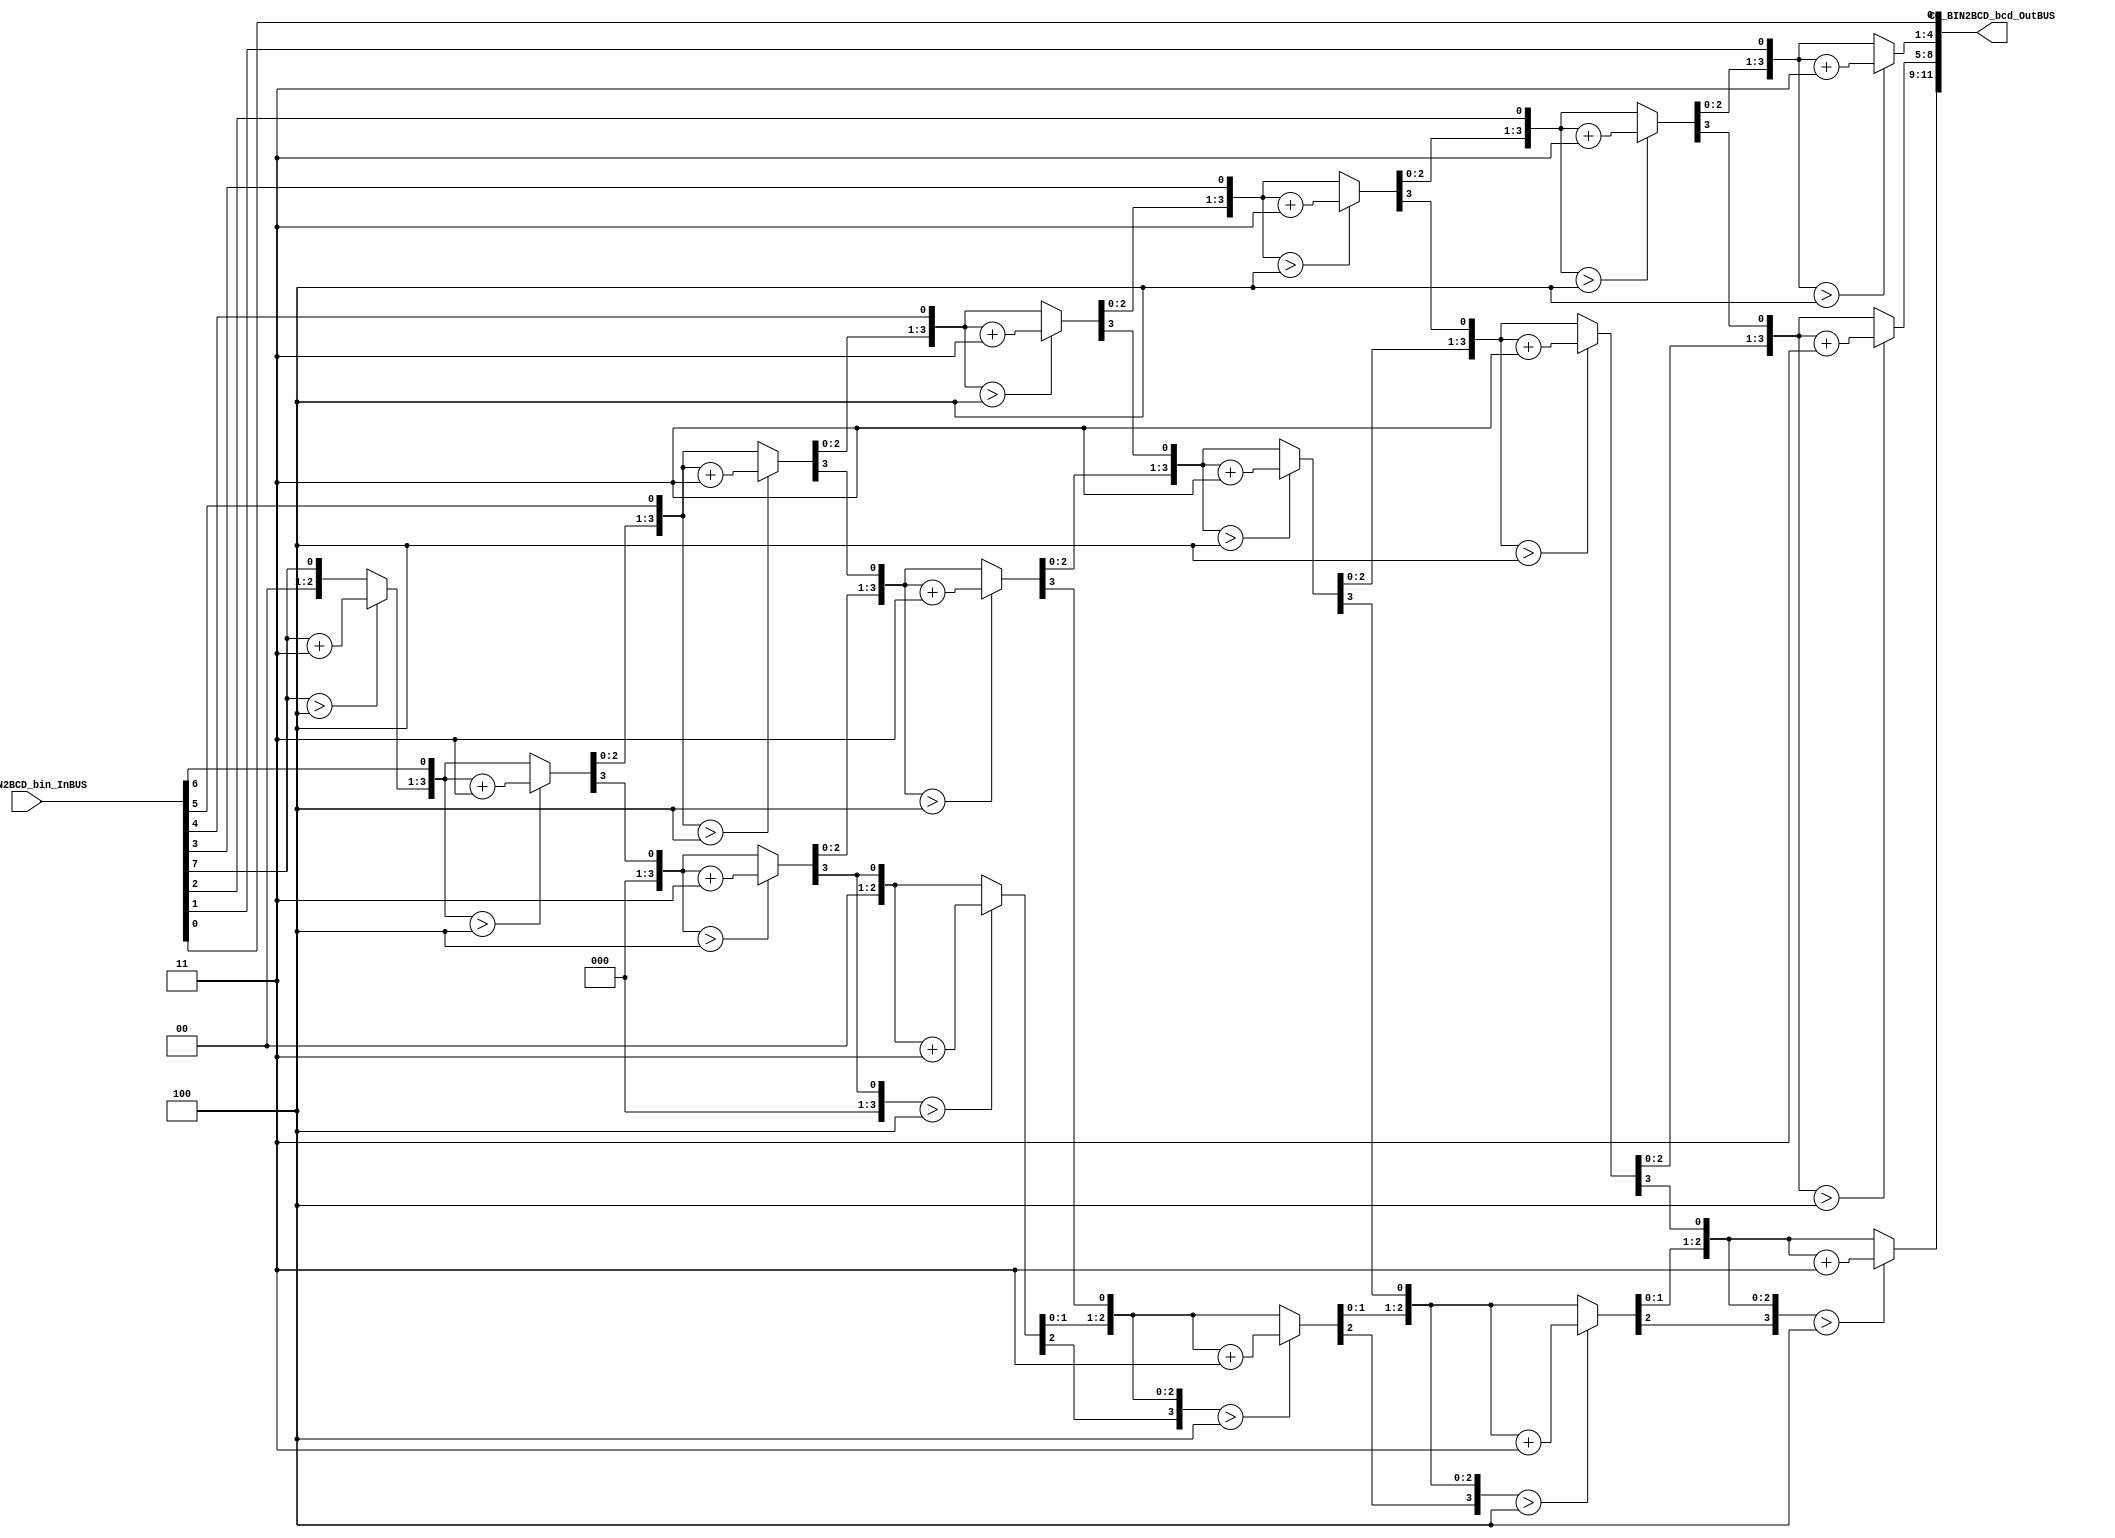
/*######################################################################
//#	G0B1T: HDL EXAMPLES. 2018.
//######################################################################
//# Copyright (C) 2018. F.E.Segura-Quijano (FES) fsegura@uniandes.edu.co
//# 
//# This program is free software: you can redistribute it and/or modify
//# it under the terms of the GNU General Public License as published by
//# the Free Software Foundation, version 3 of the License.
//#
//# This program is distributed in the hope that it will be useful,
//# but WITHOUT ANY WARRANTY; without even the implied warranty of
//# MERCHANTABILITY or FITNESS FOR A PARTICULAR PURPOSE.  See the
//# GNU General Public License for more details.
//#
//# You should have received a copy of the GNU General Public License
//# along with this program.  If not, see <http://www.gnu.org/licenses/>
//####################################################################*/

module CC_BIN2BCD1 (
	CC_BIN2BCD_bcd_OutBUS,
	CC_BIN2BCD_bin_InBUS
);
   
//input ports and their sizes
input [7:0] CC_BIN2BCD_bin_InBUS;
//output ports and, their size
output [11:0] CC_BIN2BCD_bcd_OutBUS;
//Internal variables
reg [11 : 0] CC_BIN2BCD_bcd_OutBUS; 
reg [3:0] i;   
     
     //Always block - implement the Double Dabble algorithm
     always @(CC_BIN2BCD_bin_InBUS)
        begin
            CC_BIN2BCD_bcd_OutBUS = 0; //initialize bcd to zero.
            for (i = 0; i < 8; i = i+1) //run for 8 iterations
            begin
                CC_BIN2BCD_bcd_OutBUS = {CC_BIN2BCD_bcd_OutBUS[10:0],CC_BIN2BCD_bin_InBUS[7-i]}; //concatenation
                    
                //if a hex digit of 'bcd' is more than 4, add 3 to it.  
                if(i < 7 && CC_BIN2BCD_bcd_OutBUS[3:0] > 4) 
                    CC_BIN2BCD_bcd_OutBUS[3:0] = CC_BIN2BCD_bcd_OutBUS[3:0] + 3;
                if(i < 7 && CC_BIN2BCD_bcd_OutBUS[7:4] > 4)
                    CC_BIN2BCD_bcd_OutBUS[7:4] = CC_BIN2BCD_bcd_OutBUS[7:4] + 3;
                if(i < 7 && CC_BIN2BCD_bcd_OutBUS[11:8] > 4)
                    CC_BIN2BCD_bcd_OutBUS[11:8] = CC_BIN2BCD_bcd_OutBUS[11:8] + 3;  
            end
        end     
                
endmodule